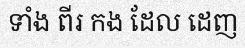
ទាំង ពីរ កង ដែល ដេញ